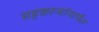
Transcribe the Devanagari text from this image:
सहकाऱ्यांमार्फत